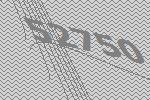
52750